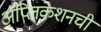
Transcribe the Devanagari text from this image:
अॅप्लिकेशनची